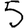
Digit: 5